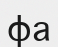
фа